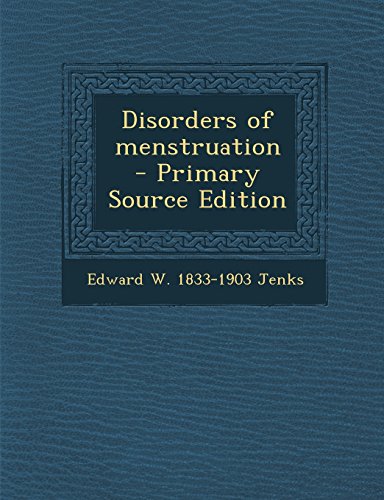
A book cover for Disorders of Menstruation - Primary Source Edition; Edward W. 1833-1903 Jenks; Health, Fitness & Dieting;